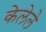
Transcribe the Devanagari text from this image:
केेलेले